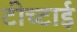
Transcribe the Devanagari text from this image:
टीच्टाई